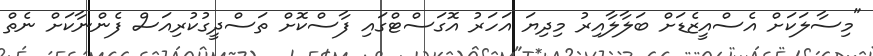
"މިސާލަކަށް އެސްއީޒެޑަށް ބަލާލާއިރު މިދިޔަ އަހަރު އޮގަސްޓްގައި ފާސްކޮށް ތަސްދީގުކުރިއަސް ފެންނާކަށް ނެތް